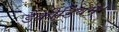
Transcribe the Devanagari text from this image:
डैक्रीडियम।